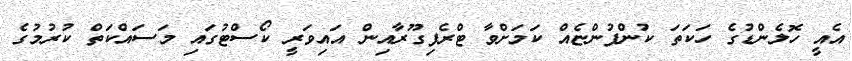
އެއީ ހޮލެންޑުގެ ހަކަތަ ކުންފުންޏެއް ކަމަށްވާ ޓްރެފިގޫރާއިން އައިވަރީ ކޯސްޓުގައި މަސައްކަތް ކުރުމުގެ